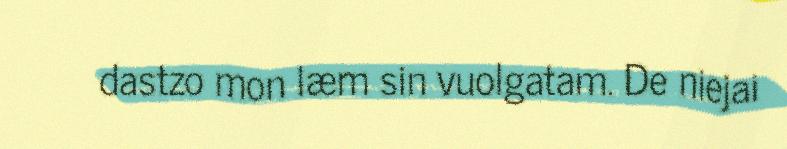
dastzo mon læm sin vuolgatam. De niejai